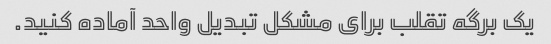
یک برگه تقلب برای مشکل تبدیل واحد آماده کنید.